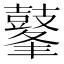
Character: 𪔞